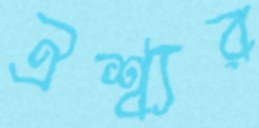
ঐশ্ব্যর